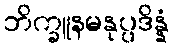
ဘိက္ခူနမနုပ္ပဒိန္နံ